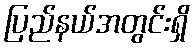
ပြည်နယ်အတွင်းရှိ